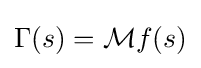
\Gamma (s)={\mathcal {M}}f(s)